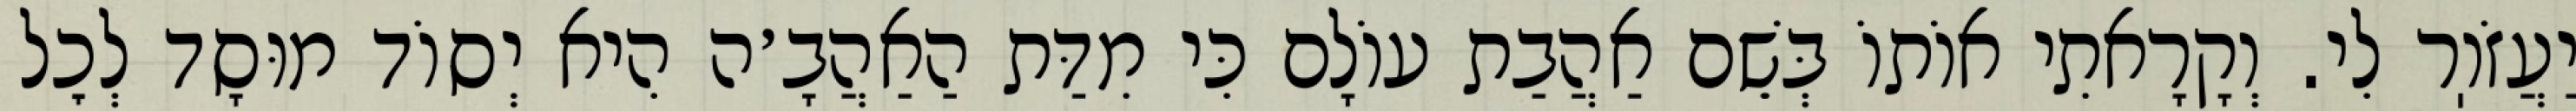
יַעֲזֹוֽר לִי. וְקָרָאתִי אוֹתוֹ בְּשֵׁם אַהֲבַת עוֹלָם כִּי מִדַּת הַאַהֲבָ׳ה הִיא יְסוֹד מוּסָד לְכׇל